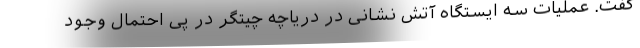
گفت. عملیات سه ایستگاه آتش نشانی در دریاچه چیتگر در پی احتمال وجود